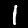
Digit: 1